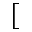
[